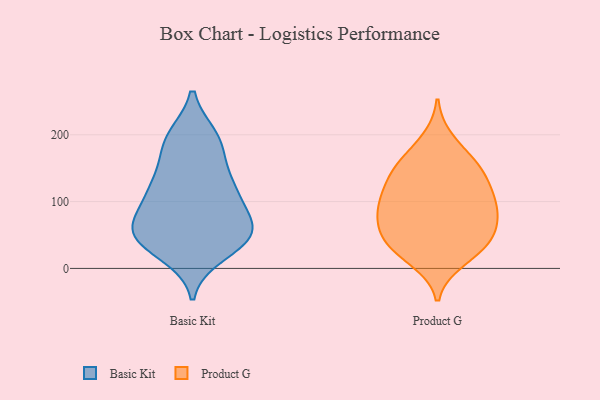
{"axis": {"x": "Waste Production (Tons)", "y": "Value"}, "legend": ["Basic Kit", "Product G"], "data": [{"x": "", "y": 193, "type": "Basic Kit"}, {"x": "", "y": 57, "type": "Basic Kit"}, {"x": "", "y": 55, "type": "Basic Kit"}, {"x": "", "y": 49, "type": "Basic Kit"}, {"x": "", "y": 117, "type": "Basic Kit"}, {"x": "", "y": 54, "type": "Basic Kit"}, {"x": "", "y": 101, "type": "Basic Kit"}, {"x": "", "y": 196, "type": "Basic Kit"}, {"x": "", "y": 117, "type": "Basic Kit"}, {"x": "", "y": 147, "type": "Basic Kit"}, {"x": "", "y": 197, "type": "Basic Kit"}, {"x": "", "y": 111, "type": "Basic Kit"}, {"x": "", "y": 35, "type": "Basic Kit"}, {"x": "", "y": 129, "type": "Basic Kit"}, {"x": "", "y": 63, "type": "Basic Kit"}, {"x": "", "y": 58, "type": "Basic Kit"}, {"x": "", "y": 21, "type": "Basic Kit"}, {"x": "", "y": 74, "type": "Basic Kit"}, {"x": "", "y": 33, "type": "Basic Kit"}, {"x": "", "y": 176, "type": "Basic Kit"}, {"x": "", "y": 143, "type": "Product G"}, {"x": "", "y": 156, "type": "Product G"}, {"x": "", "y": 63, "type": "Product G"}, {"x": "", "y": 75, "type": "Product G"}, {"x": "", "y": 93, "type": "Product G"}, {"x": "", "y": 125, "type": "Product G"}, {"x": "", "y": 117, "type": "Product G"}, {"x": "", "y": 87, "type": "Product G"}, {"x": "", "y": 30, "type": "Product G"}, {"x": "", "y": 192, "type": "Product G"}, {"x": "", "y": 100, "type": "Product G"}, {"x": "", "y": 163, "type": "Product G"}, {"x": "", "y": 13, "type": "Product G"}, {"x": "", "y": 40, "type": "Product G"}, {"x": "", "y": 94, "type": "Product G"}, {"x": "", "y": 53, "type": "Product G"}, {"x": "", "y": 24, "type": "Product G"}, {"x": "", "y": 144, "type": "Product G"}, {"x": "", "y": 48, "type": "Product G"}]}